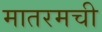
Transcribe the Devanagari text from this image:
मातरमची